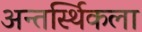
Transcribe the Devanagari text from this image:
अन्तर्स्थिकला